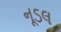
નૂડલ